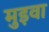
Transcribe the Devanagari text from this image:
मुइवा